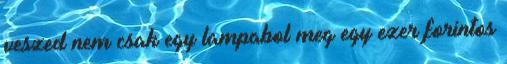
veszed nem csak egy lampabol meg egy ezer forintos